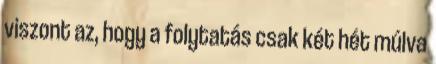
viszont az, hogy a folytatás csak két hét múlva